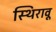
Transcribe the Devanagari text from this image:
स्थिरावू